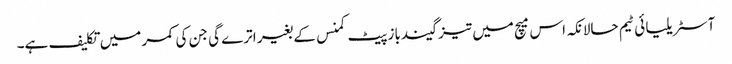
آسٹریلیا ئی ٹیم حالانکہ اس میچ میں تیز گیندباز پیٹ کمنس کے بغیر اترے گی جن کی کمر میں تکلیف ہے۔